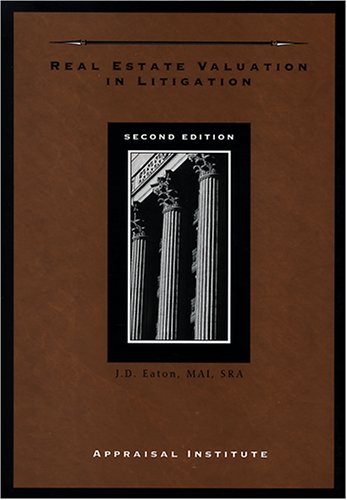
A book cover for Real Estate Valuation in Litigation, Second Edition; J. D. Eaton; Law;